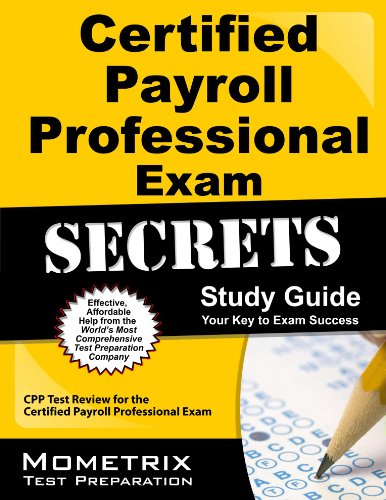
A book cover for Certified Payroll Professional Exam Secrets Study Guide: CPP Test Review for the Certified Payroll Professional Exam; CPP Exam Secrets Test Prep Team; Test Preparation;